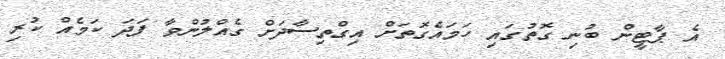
އެ ޕާޓީން ބުނި ގޮތުގައި ހަމައެގޮތަށް އިގްތިސާދަށް ގެއްލުންވާ ފަދަ ކަމެއް ކުރި